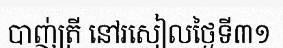
បាញ់ត្រី នៅរសៀលថ្ងៃទី៣១